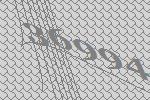
36994